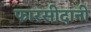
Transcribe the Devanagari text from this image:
फारसीदानी